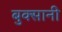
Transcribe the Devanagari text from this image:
बुक्सानी